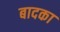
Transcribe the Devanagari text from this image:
बादका